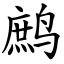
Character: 鹧